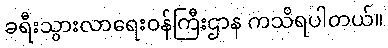
ခရီးသွားလာရေးဝန်ကြီးဌာန ကသိရပါတယ်။